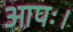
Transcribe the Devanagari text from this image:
आपः।